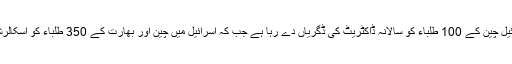
دوسری طرف اسرائیل چین کے 100 طلباء کو سالانہ ڈاکٹریٹ کی ڈگریاں دے رہا ہے جب کہ اسرائیل میں چین اور بھارت کے 350 طلباء کو اسکالرشپ دیے جاتے ہیں۔